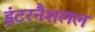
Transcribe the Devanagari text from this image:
इंटरनैशलल